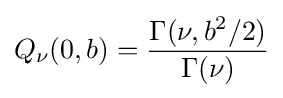
Q_{\nu }(0,b)={\frac {\Gamma (\nu ,b^{2}/2)}{\Gamma (\nu )}}